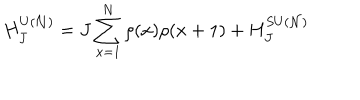
H _ { J } ^ { U ( { \cal N } ) } = J \sum _ { x = 1 } ^ { N } \rho ( x ) \rho ( x + 1 ) + H _ { J } ^ { S U ( { \cal N } ) }